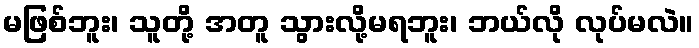
မဖြစ်ဘူး၊ သူတို့ အတူ သွားလို့မရဘူး၊ ဘယ်လို လုပ်မလဲ။